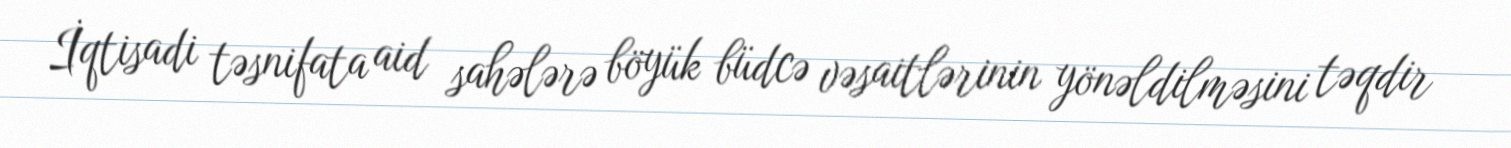
İqtisadi təsnifata aid sahələrə böyük büdcə vəsaitlərinin yönəldilməsini təqdir